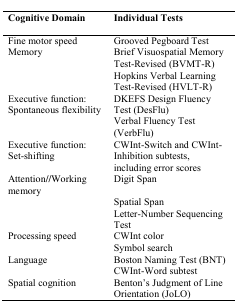
| Cognitive Domain | Individual Tests |
 | --- | --- |
 | Fine motor speed | Grooved Pegboard Test |
 | Memory | Brief Visuospatial Memory Test-Revised (BVMT-R) |
 |  | Hopkins Verbal Learning Test-Revised (HVLT-R) |
 | Executive function: Spontaneous flexibility | DKEFS Design Fluency Test (DesFlu) |
 |  | Verbal Fluency Test (VerbFlu) |
 | Executive function:Set-shifting | CWInt-Switch and CWInt-Inhibition subtests, including error scores |
 | Attention//Working memory | Digit Span |
 |  | Spatial Span |
 |  | Letter-Number Sequencing Test |
 | Processing speed | CWInt color |
 |  | Symbol search |
 | Language | Boston Naming Test (BNT) |
 |  | CWInt-Word subtest |
 | Spatial cognition | Benton’s Judgment of Line Orientation (JoLO) |